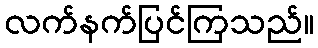
လက်နက်ပြင်ကြသည်။